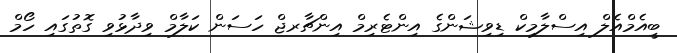
ބީއެމްއެލް އިސްލާމިކް ޑިވިޝަންގެ އިންޓެރިމް އިންޗާރޖް ހަސަން ކަލާމް ވިދާޅުވި ގޮތުގައި ހޯމް